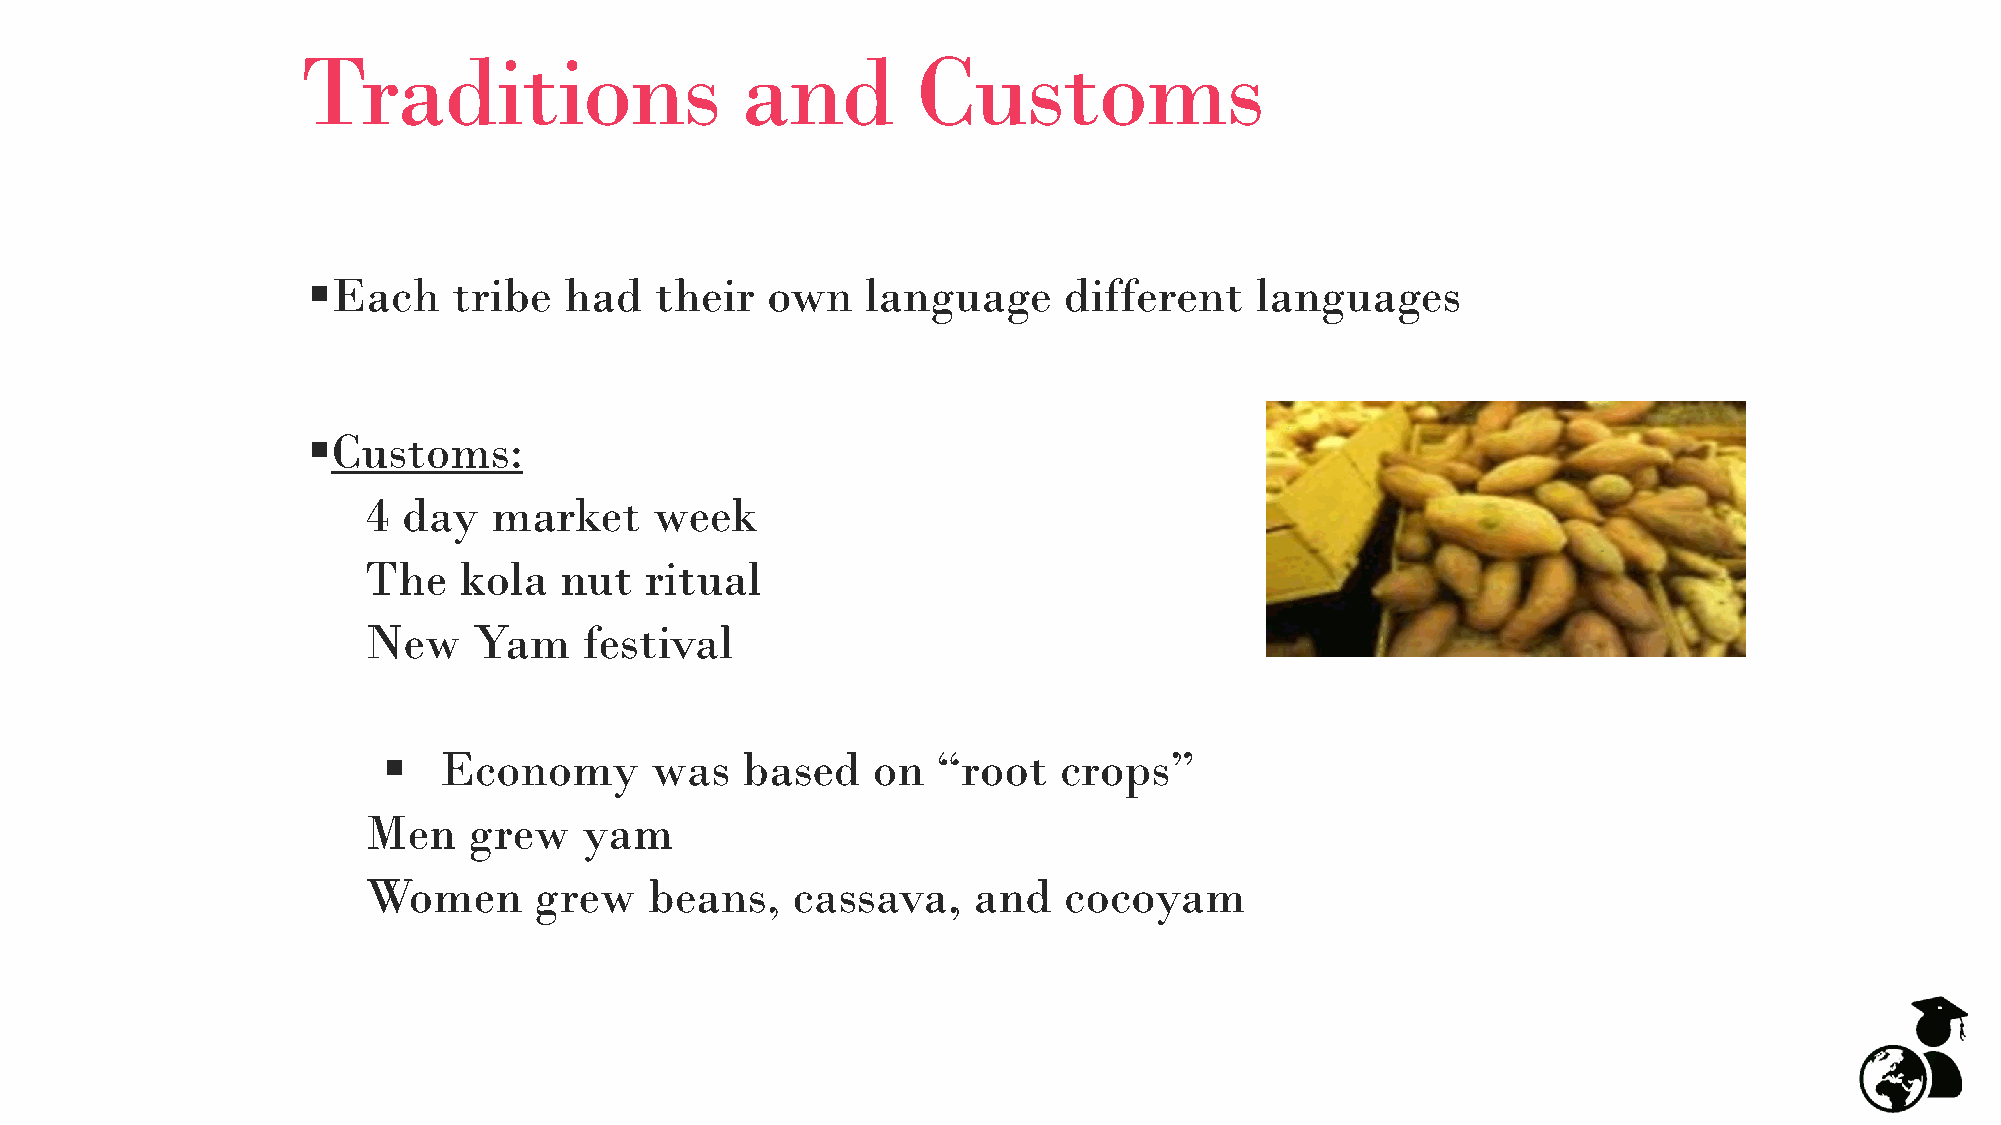
Traditions                   and         Customs
 ▪Each     tribe  had   their   own   language     different    languages
 ▪Customs:
 4  day   market    week
 The   kola   nut   ritual
 New    Yam     festival
 ▪   Economy       was   based    on  “root   crops”
 Men    grew    yam
 Women      grew    beans,   cassava,    and   cocoyam